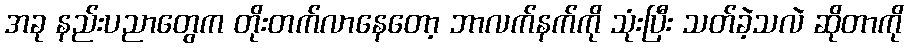
အခု နည်းပညာတွေက တိုးတက်လာနေတော့ ဘာလက်နက်ကို သုံးပြီး သတ်ခဲ့သလဲ ဆိုတာကို